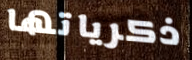
ذكرياتها